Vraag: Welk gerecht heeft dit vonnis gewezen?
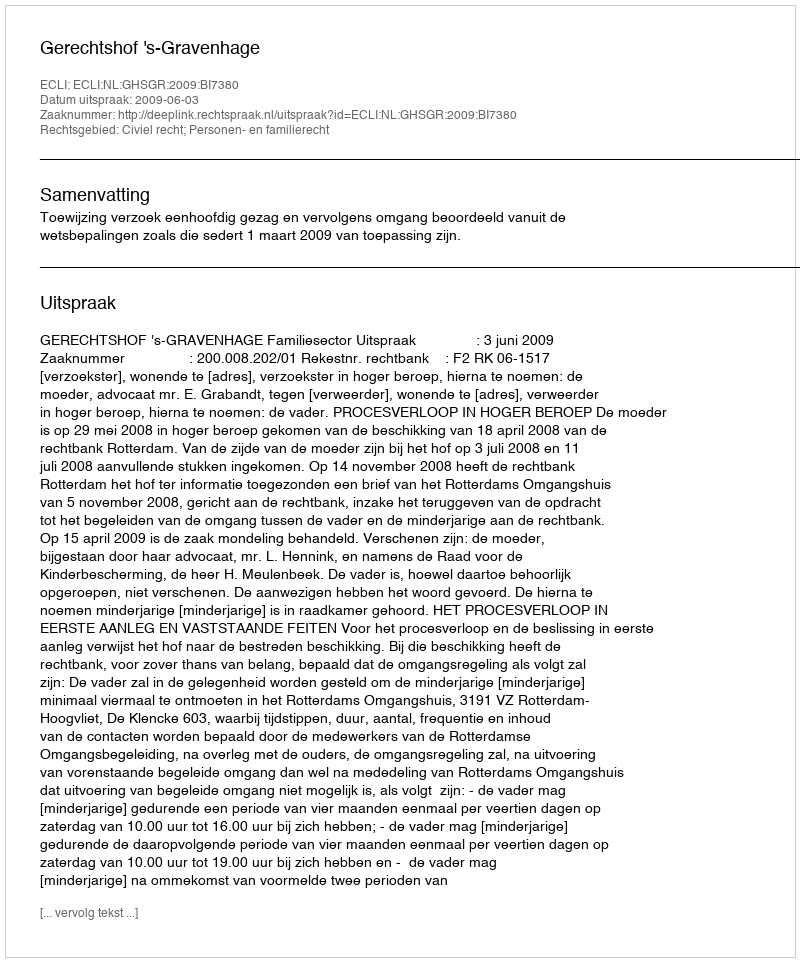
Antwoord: Gerechtshof 's-Gravenhage